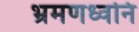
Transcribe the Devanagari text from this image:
भ्रमणध्वनि